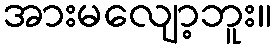
အားမလျော့ဘူး။